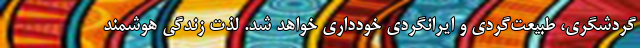
گردشگری، طبیعت‌گردی و ایرانگردی خودداری خواهد شد. لذت زندگی هوشمند